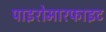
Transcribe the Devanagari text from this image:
पाइरोमारफाइट